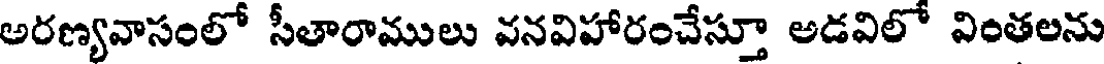
అరణ్యవాసంలో సీతారాములు వనవిహారంచేస్తూ అడవిలో వింతలను